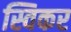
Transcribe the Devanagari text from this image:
स्विकर